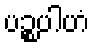
ပဉ္စပါဟံ